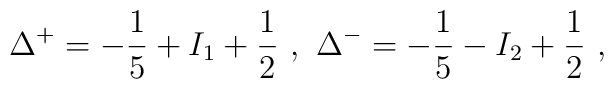
\Delta ^{+}=-\frac{1}{5}+I_{1}+\frac{1}{2}\, \, ,\, \, \Delta ^{-}=-\frac{1}{5}-I_{2}+\frac{1}{2}\, \, ,